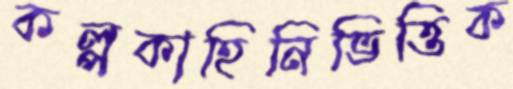
কল্পকাহিনিভিত্তিক